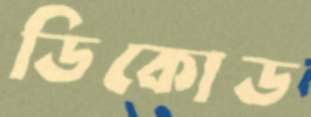
ডিকোড